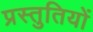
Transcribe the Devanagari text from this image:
प्रस्‍तुतियों